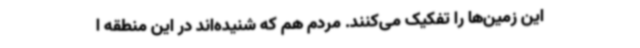
این زمین‌ها را تفکیک می‌کنند. مردم هم که شنیده‌اند در این منطقه ا